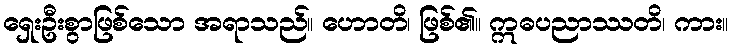
ရှေးဦးစွာဖြစ်သော အရာသည်။ ဟောတိ၊ ဖြစ်၏။ ဣဓပညာဿတိ၊ ကား။